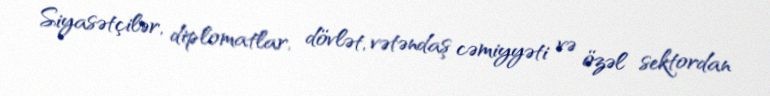
Siyasətçilər, diplomatlar, dövlət, vətəndaş cəmiyyəti və özəl sektordan